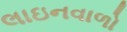
લાઇનવાળો